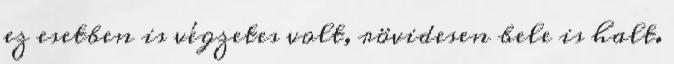
ez esetben is végzetes volt, rövidesen bele is halt.